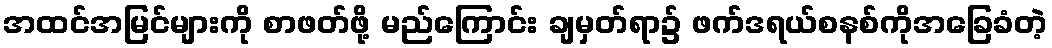
အထင်အမြင်များကို စာဖတ်ဖို့ မည်ကြောင်း ချမှတ်ရာ၌ ဖက်ဒရယ်စနစ်ကိုအခြေခံတဲ့